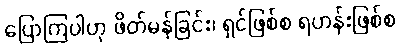
ပြောကြပါဟု ဖိတ်မန်ခြင်း၊ ရှင်ဖြစ်စ ရဟန်းဖြစ်စ